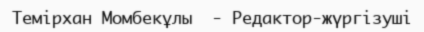
Темірхан Момбекұлы  - Редактор-жүргізуші